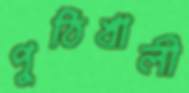
পুঠিখালী